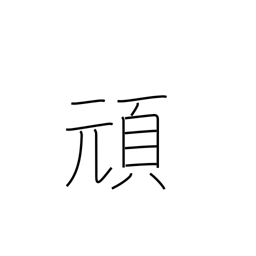
Meaning: stubborn